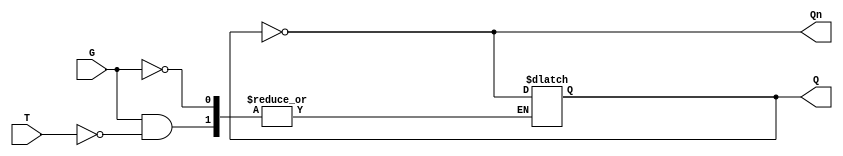
module gated_t_latch (
    input wire T,    // Toggle Input
    input wire G,    // Gate Signal
    output reg Q,    // Output
    output wire Qn   // Complement Output
);

// Assign the complement of Q
assign Qn = ~Q;

// Always block that is sensitive to the gate signal G
always @ (G or T) begin
    if (G) begin
        if (T) begin
            Q <= ~Q; // Toggle the output if T is high
        end
        // If T is low, Q remains unchanged due to the nature of the latch
    end
    // If G is low, the output Q remains unchanged
end

endmodule